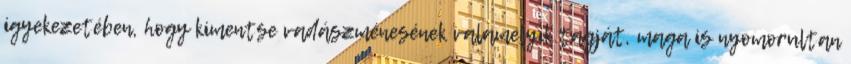
igyekezetében, hogy kimentse vadászménesének valamelyik tagját, maga is nyomorultan